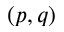
( p , q )